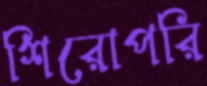
শিরোপরি